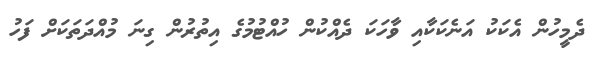
ދެމީހުން އެކަކު އަނެކަކާއި ވާހަކަ ދެއްކުން ހުއްޓުމުގެ އިތުރުން ގިނަ މުއްދަތަކަށް ފަހު